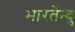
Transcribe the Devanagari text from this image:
भारतेंन्दु